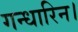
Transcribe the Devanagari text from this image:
गन्धारिन।